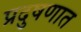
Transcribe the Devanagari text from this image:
प्रदुषणात